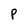
Character: P